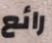
رائع